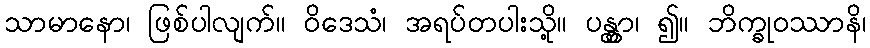
သာမာနော၊ ဖြစ်ပါလျက်။ ဝိဒေသံ၊ အရပ်တပါးသို့။ ပန္တွာ၊ ၍။ ဘိက္ခုဝဿာနိ၊